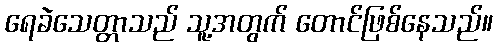
ရေခဲသေတ္တာသည် သူ့အတွက် တောင်ဖြစ်နေသည်။